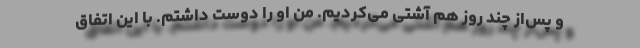
و پس‌از چند روز هم آشتی می‌کردیم. من او را دوست داشتم. با این اتفاق